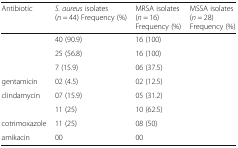
<table><thead><tr><td><b>Antibiotic</b></td><td><b><i>S. aureus</i> isolates (<i>n</i> = 44) Frequency (%)</b></td><td><b>MRSA isolates (<i>n</i> = 16) Frequency (%)</b></td><td><b>MSSA isolates (<i>n</i> = 28) Frequency (%)</b></td></tr></thead><tbody><tr><td>[EMPTY_CELL]</td><td>40 (90.9)</td><td>16 (100)</td><td>[EMPTY_CELL]</td></tr><tr><td>[EMPTY_CELL]</td><td>25 (56.8)</td><td>16 (100)</td><td>[EMPTY_CELL]</td></tr><tr><td>[EMPTY_CELL]</td><td>7 (15.9)</td><td>06 (37.5)</td><td>[EMPTY_CELL]</td></tr><tr><td>gentamicin</td><td>02 (4.5)</td><td>02 (12.5)</td><td>[EMPTY_CELL]</td></tr><tr><td>clindamycin</td><td>07 (15.9)</td><td>05 (31.2)</td><td>[EMPTY_CELL]</td></tr><tr><td>[EMPTY_CELL]</td><td>11 (25)</td><td>10 (62.5)</td><td>[EMPTY_CELL]</td></tr><tr><td>cotrimoxazole</td><td>11 (25)</td><td>08 (50)</td><td>[EMPTY_CELL]</td></tr><tr><td>amikacin</td><td>00</td><td>00</td><td>[EMPTY_CELL]</td></tr></tbody></table>